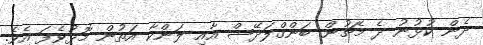
ދެން ކުޅުނު ދެ މެޗުން ބަންގްލަދޭޝް އާއި ލަންކާ އަތުން މޮޅުވެފަ އެވެ.